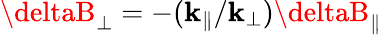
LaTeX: \deltaB_{\perp}=-(\mathbf{k}_{\parallel}/\mathbf{k}_{\perp})\deltaB_{\parallel}